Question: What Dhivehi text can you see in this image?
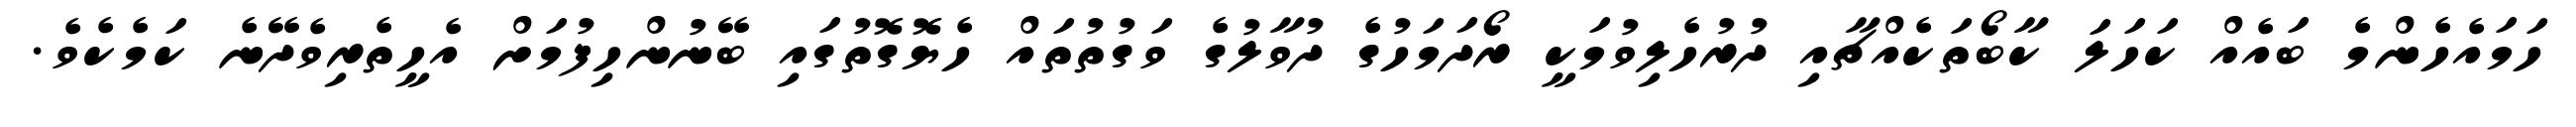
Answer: ހަމައެހެންމެ ބައެއް ކަހަލަ ކާބޯތަކެއްޗާއި ދުރުހެލިވުމަކީ ރޯދަމަހުގެ ދުވާލުގެ ވަގުތުތައް ހެޔޮގޮތުގައި ބޭނުންހިފުމަށް އެހީތެރިވެދޭނެ ކަމެކެވެ.